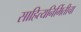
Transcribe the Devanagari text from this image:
साहित्यनिर्मितीचा